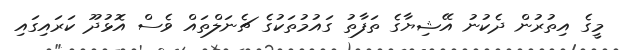
މީގެ އިތުރުން ދެކުނު އޭޝިޔާގެ ތަފާތު ގައުމުތަކުގެ ޗެނަލްތައް ވެސް އޮޅުދޫ ކަރައިގައި